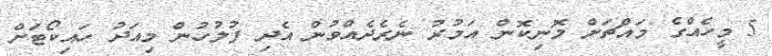
5 މީހެއްގެ މައްޗަށް މޮނިކޮން އަމުރު ނެރެދެއްވުން އެދި ފުލުހުން މިއަދު ހައިކޯޓަށް